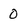
Character: 0